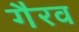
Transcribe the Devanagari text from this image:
गैरव